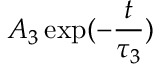
A _ { 3 } \exp ( - \frac { t } { \tau _ { 3 } } )